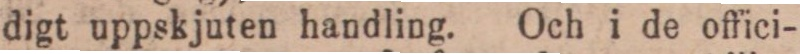
digt uppskjuten handling. Och i de offici-